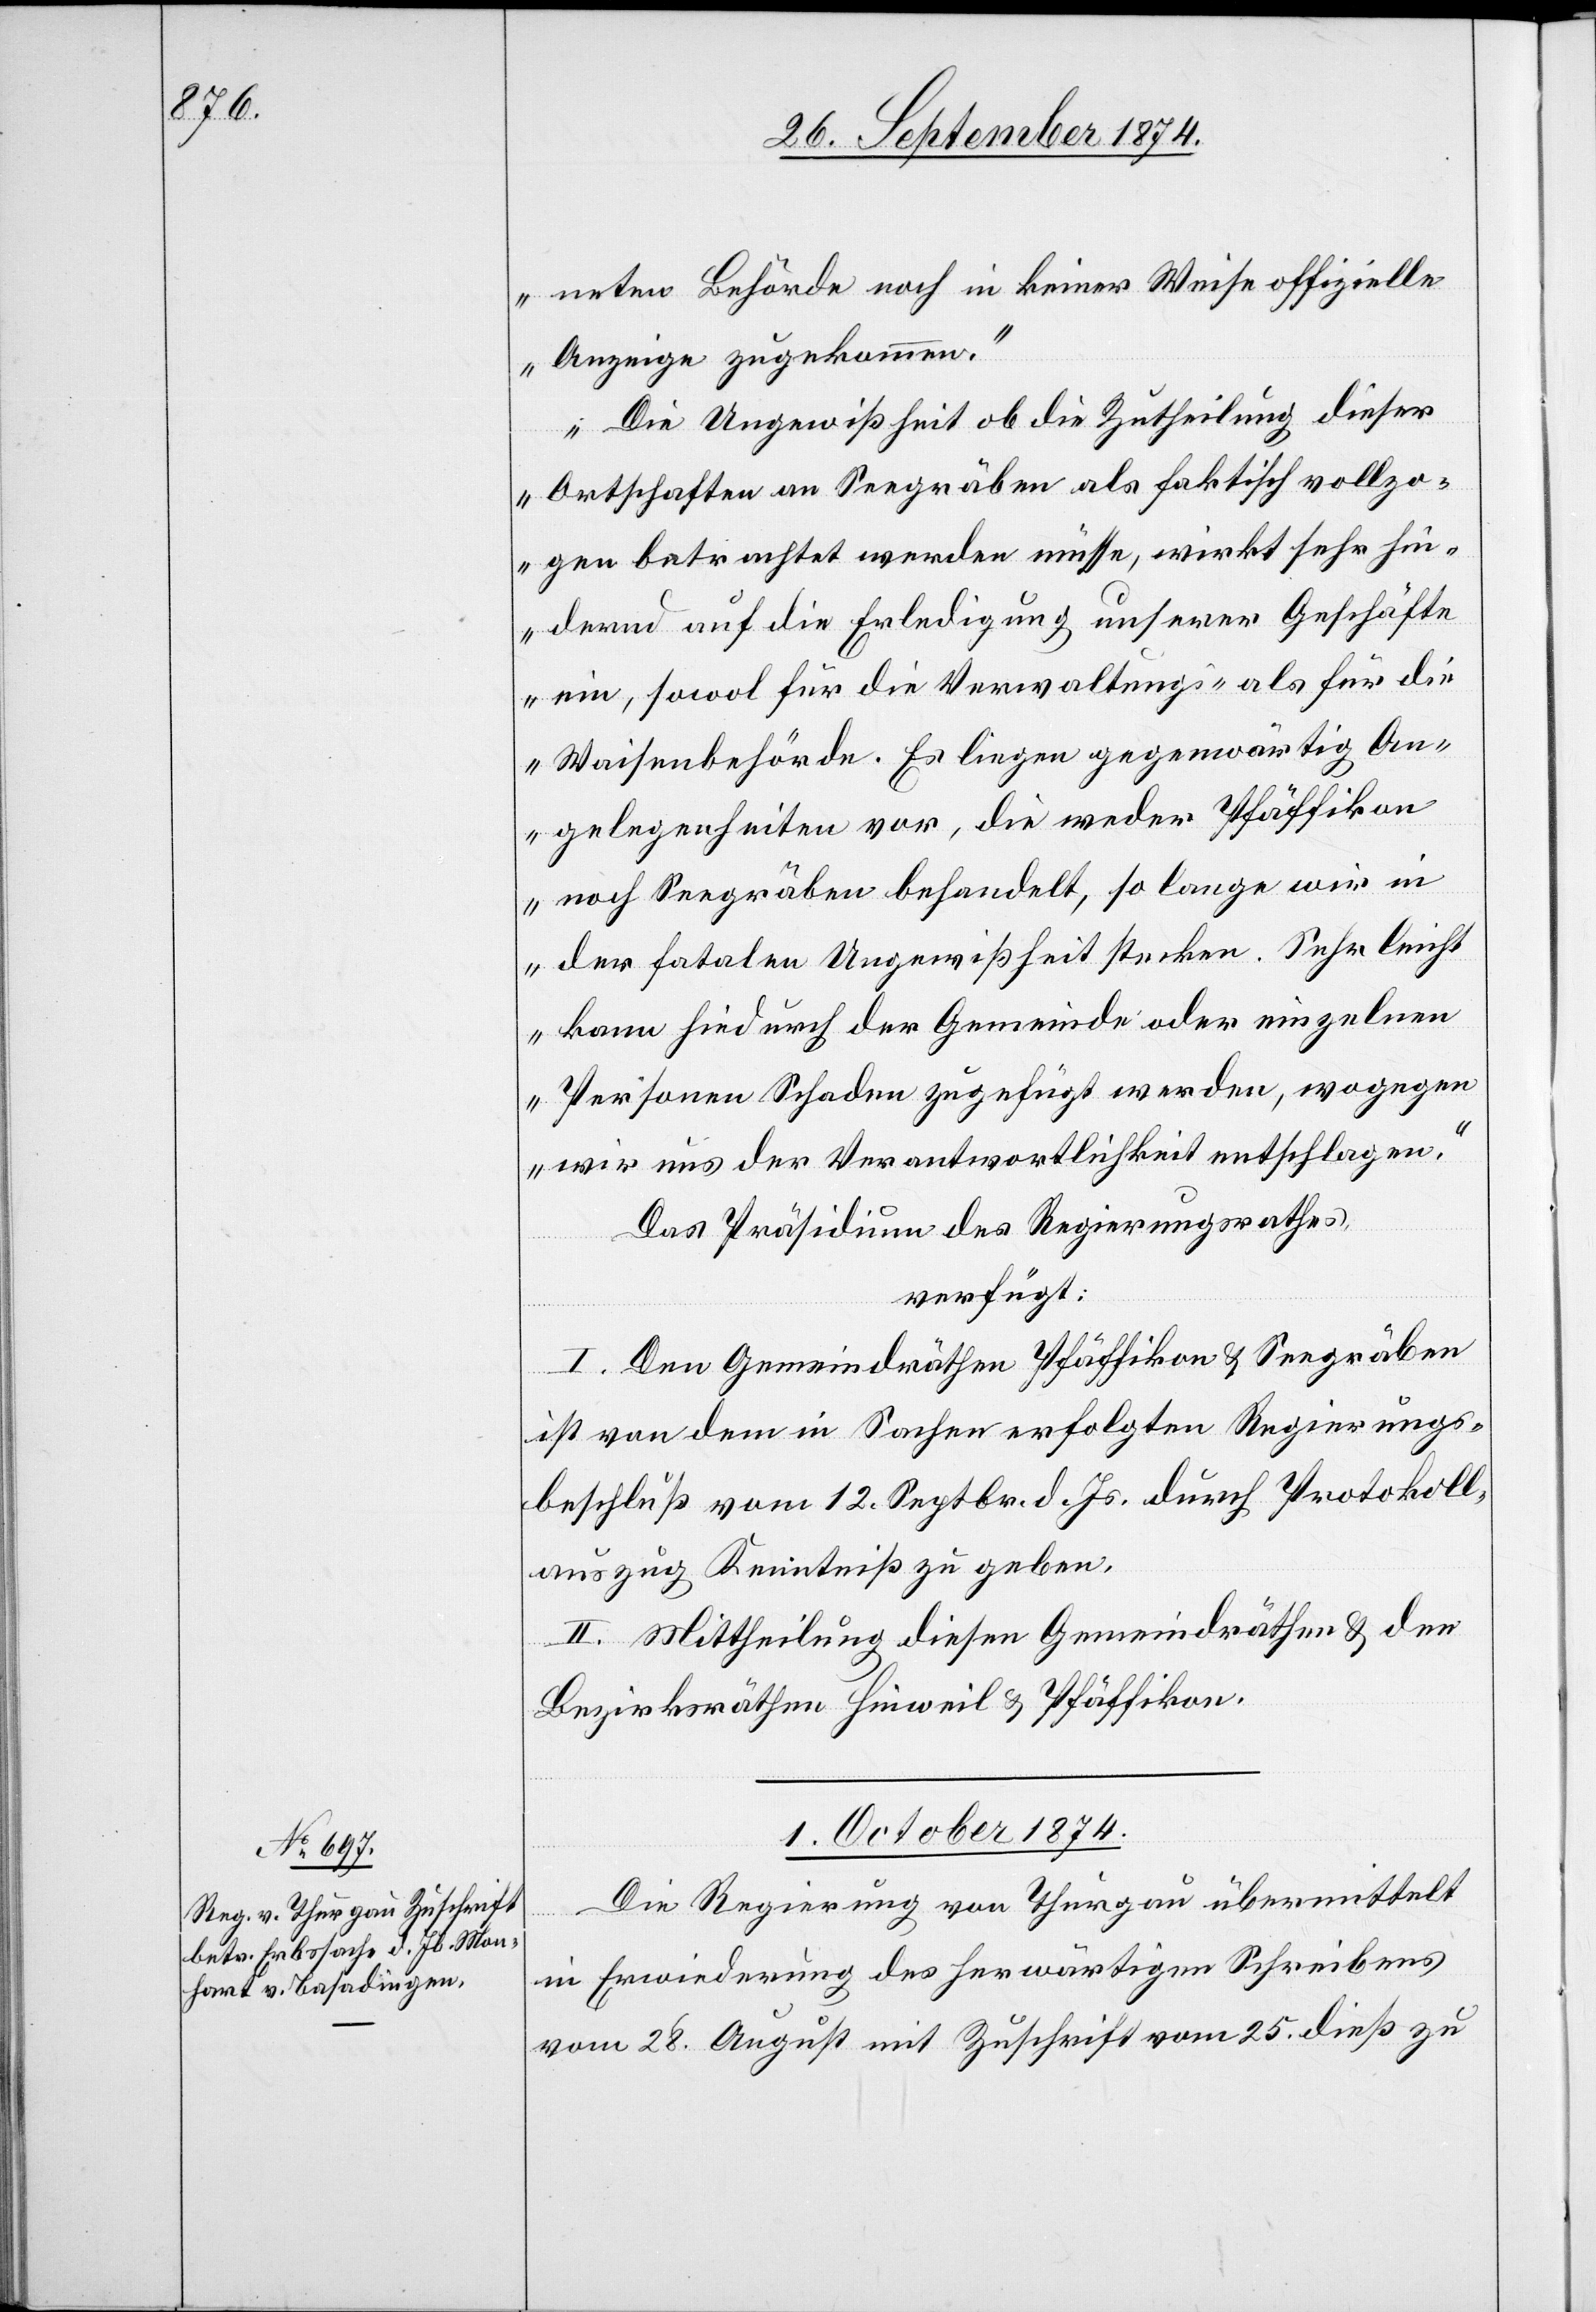
neten Behörde noch in keiner Weise offizielle
Anzeige zugekommen.
Die Ungewißheit ob die Zutheilung dieser
Ortschaften an Seegräben als faktisch vollzo¬
gen betrachtet werden müsse, wirkt sehr hin¬
dernd auf die Erledigung unserer Geschäfte
ein, sowol für die Verwaltungs- als für die
Waisenbehörde. Es liegen gegenwärtig An¬
gelegenheiten vor, die weder Pfäffikon
noch Seegräben behandelt, so lange wir in
der fatalen Ungewißheit stecken. Sehr leicht
kann hiedurch der Gemeinde oder einzelnen
Personen Schaden zugeführt werden, wogegen
wir uns der Verantwortlichkeit entschlagen.“
Das Präsidium des Regierungsrathes
verfügt:
I. Den Gemeindräthen Pfäffikon & Seegräben
ist von dem in Sachen erfolgten Regierungs¬
beschluß vom 12. Septbr. d. Js. durch Protokoll¬
auszug Kenntniß zu geben.
II. Mittheilung diesen Gemeindräthen & den
Bezirksräthen Hinweil & Pfäffikon.
1. October 1874.
Die Regierung von Thurgau übermittelt
in Erwiederung des herwärtigen Schreibens
vom 28. August mit Zuschrift vom 25. dieß zu